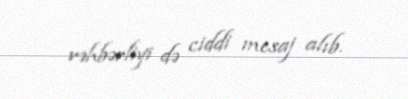
rəhbərliyi də ciddi mesaj alıb.